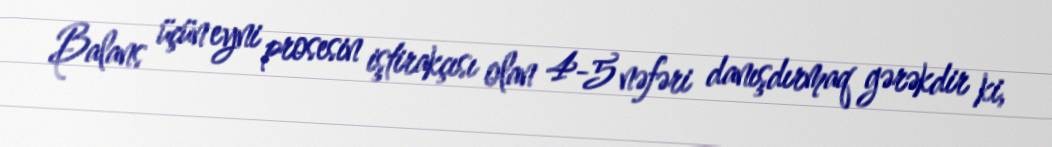
Balans üçün eyni prosesin iştirakçısı olan 4-5 nəfəri danışdırmaq gərəkdir ki,